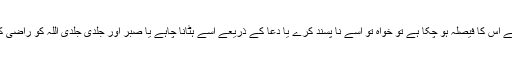
اسی طرح اگر مصیبت تیری قسمت میں ہے اور تیرے لیے اس کا فیصلہ ہو چکا ہے تو خواہ تو اسے نا پسند کرے یا دعا کے ذریعے اسے ہٹانا چاہے یا صبر اور جلدی جلدی اللہ کو راضی کی کوشش کرے تو بھی وہ مصیبت تجھ پر آکر رہے گی۔